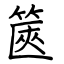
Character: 篋